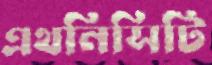
এথনিসিটি